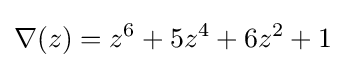
\nabla (z)=z^{6}+5z^{4}+6z^{2}+1